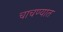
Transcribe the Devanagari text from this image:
चाचण्यात